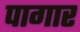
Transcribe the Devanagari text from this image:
पागार